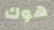
هوك